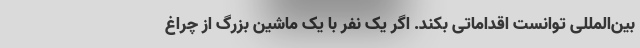
بین‌المللی توانست اقداماتی بکند. اگر یک نفر با یک ماشین بزرگ از چراغ